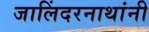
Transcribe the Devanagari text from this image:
जालिंदरनाथांनी